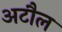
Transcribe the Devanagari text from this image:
अटौल